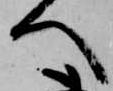
へ